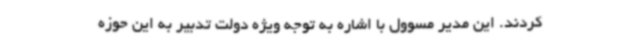
کردند. این مدیر مسوول با اشاره به توجه ویژه دولت تدبیر به این حوزه